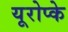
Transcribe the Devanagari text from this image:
यूरोप्के